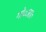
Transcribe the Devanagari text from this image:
गो०आ०